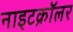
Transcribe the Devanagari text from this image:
नाइटक्रॉलर